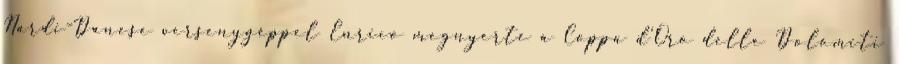
Nardi-Danese versenygéppel Enrico megnyerte a Coppa d'Oro delle Dolomiti